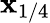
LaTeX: \mathbf{x}_{1/4}